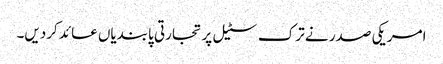
امریکی صدر نے ترک سٹیل پر تجارتی پابندیاں عائد کردیں۔